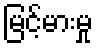
မြင့်မားမှု